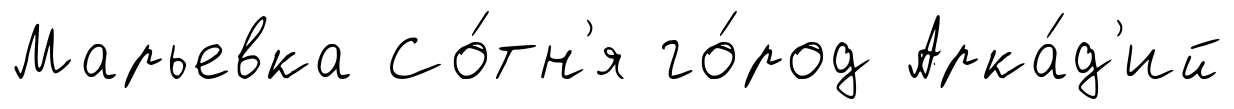
Марьевка Со́тн'я го́род Арка́д'ий